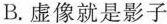
B.虚像就是影子